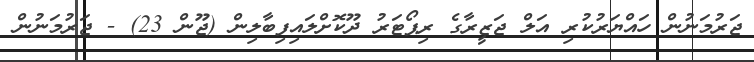
ޖަރުމަނުން ހައްޔަރުކުރި އަލް ޖަޒީރާގެ ރިޕޯޓަރު ދޫކޮށްލައިފިބާލިން (ޖޫން 23) - ޖަރުމަނުން